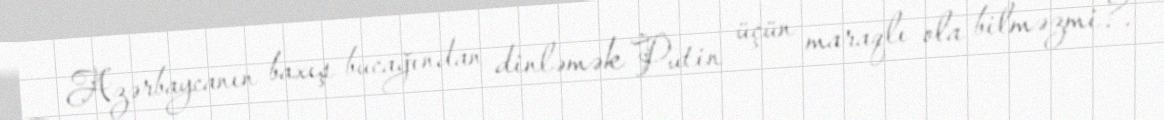
Azərbaycanın baxış bucağından dinləmək Putin üçün maraqlı ola bilməzmi?.